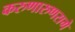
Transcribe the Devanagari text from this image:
करुणारुणरागे